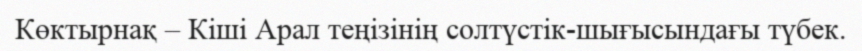
Көктырнақ – Кіші Арал теңізінің солтүстік-шығысындағы түбек.